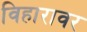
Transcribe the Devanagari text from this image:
विहारावर